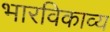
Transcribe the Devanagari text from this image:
भारविकाव्य